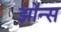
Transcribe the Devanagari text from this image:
झोन्स